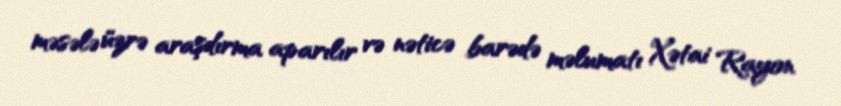
məsələ üzrə araşdırma aparılır və nəticə barədə məlumatı Xətai Rayon